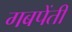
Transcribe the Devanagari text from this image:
गबपेंतीं